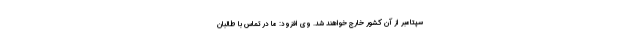
سپتامبر از آن کشور خارج خواهند شد. وی افزود: ما در تماس با طالبان